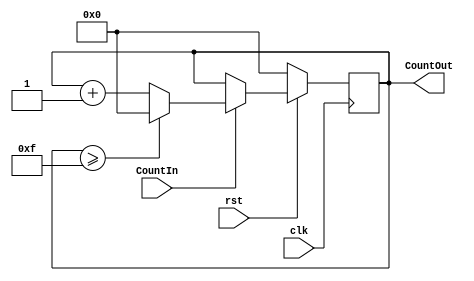
//ECE6370
//Counter Module
// Counts upto 15 then resets back to zero
//Trial #1, 3/3/19

module Counter(clk, rst, CountIn ,CountOut);

	input clk, rst;
	input CountIn;
	output[3:0] CountOut;
	reg[3:0] CountOut;

	always @(posedge clk)
		begin
			if(rst == 0)
				begin
					CountOut <= 4'b0000;
				end
			else 
				begin
					if(CountIn == 1)
						begin
							if(CountOut >= 4'b1111)
								begin
									CountOut <= 4'b0000;
								end
							else
								begin
									CountOut <= CountOut+4'b0001;
								end
						end
				end
		end
endmodule